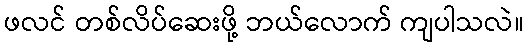
ဖလင် တစ်လိပ်ဆေးဖို့ ဘယ်လောက် ကျပါသလဲ။